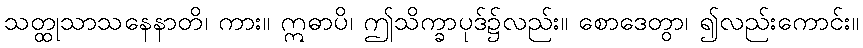
သတ္ထုသာသနေနာတိ၊ ကား။ ဣဓာပိ၊ ဤသိက္ခာပုဒ်၌လည်း။ စောဒေတွာ၊ ၍လည်းကောင်း။